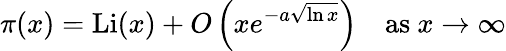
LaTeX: \pi(x)=\mathrm{{Li}}(x)+O\left(xe^{-a{\sqrt{\ln x}}}\right)\quad{\mathrm{as~}}x\to\infty